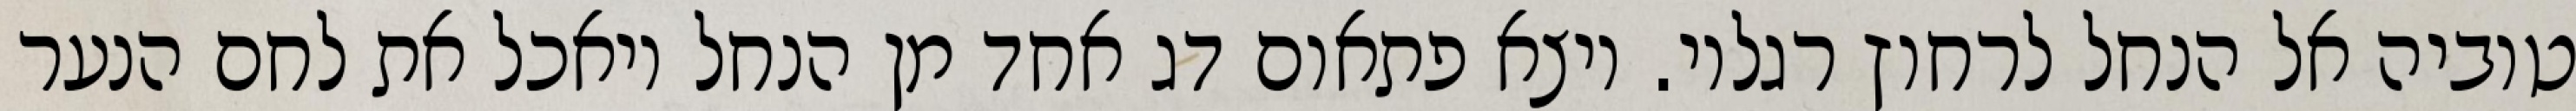
טוביה אל הנחל לרחוץ רגליו. ויצא פתאום דג אחד מן הנחל ויאכל את לחם הנער